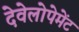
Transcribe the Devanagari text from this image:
देवेलोपेमेंट